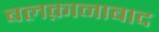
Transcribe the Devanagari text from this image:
बलक़ानाबाद